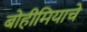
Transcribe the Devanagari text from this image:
बोहीमियाचे